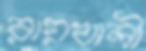
রায়খালী